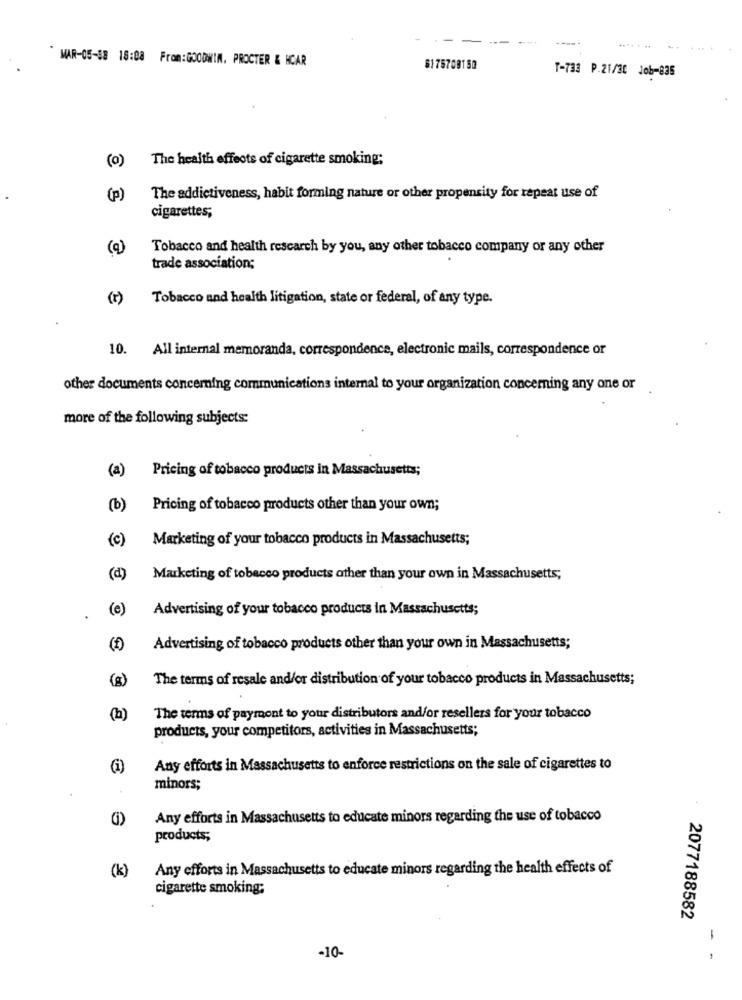
.... ...
......
MAR-05-58 18:08 From:GOODWIN. PROCTER & NCAR
6175700150
T-733 P.21/30 Job-835
(0)
The health effects of cigarette smoking;
(p)
The addictiveness, habit forming nature or other propensity for repeat use of
cigarettes;
(a)
Tobacco and health research by you, any other tobacco company or any other
trade association;
(1)
Tobacco and health litigation, state or federal, of any type.
10. All internal memoranda, correspondence, electronic mails, correspondence or
other documents concerning communications internal to your organization concerning any one or
more of the following subjects:
Pricing of tobacco products in Massachusetts;
(2)
(b)
Pricing of tobacco products other than your own;
(c)
Marketing of your tobacco products in Massachusetts;
(d)
Marketing of tobacco products other than your own in Massachusetts;
(e)
Advertising of your tobacco products in Massachusetts;
Advertising of tobacco products other than your own in Massachusetts;
(g)
The terms of resale and/or distribution of your tobacco products in Massachusetts;
(b)
The terms of payment to your distributors and/or resellers for your tobacco
products, your competitors, activities in Massachusetts;
Any efforts in Massachusetts to enforce restrictions on the sale of cigarettes to
minors;
()
Any efforts in Massachusetts to educate minors regarding the use of tobacco
products;
(k)
Any efforts in Massachusetts to educate minors regarding the health effects of
cigarette smoking;
2077188582
-
-10-